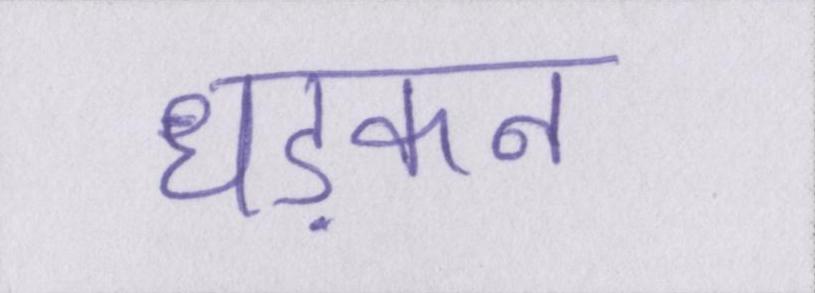
धड़कन